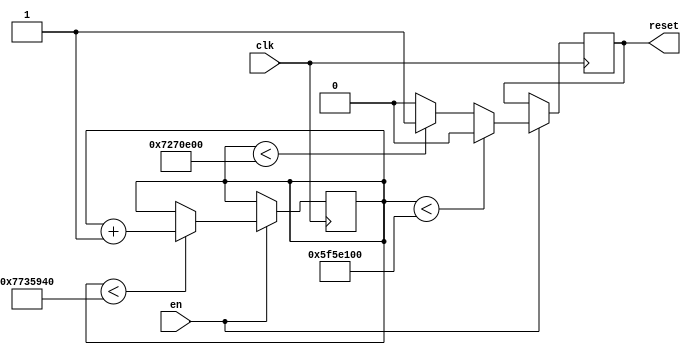

module mac_rst
(
  input wire clk,
  input wire en,
  output wire reset

);

reg [31:0] a=0;
reg flag_rst=0;

always @(posedge clk)
if (en)
begin

	if (a<125000000) a<=a+1; 
	
	if (a<100000000) flag_rst<=0; else
	
	if (a<120000000) flag_rst<=1; else flag_rst<=0;		
	
end

assign reset = flag_rst;

endmodule